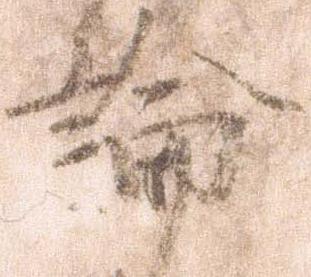
論